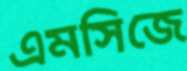
এমসিজে